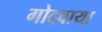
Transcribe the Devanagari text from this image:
गोदवाया